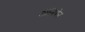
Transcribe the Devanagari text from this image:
अॅनियेन